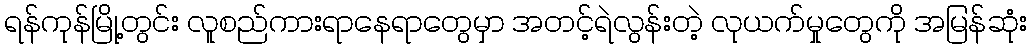
ရန်ကုန်မြို့တွင်း လူစည်ကားရာနေရာတွေမှာ အတင့်ရဲလွန်းတဲ့ လုယက်မှုတွေကို အမြန်ဆုံး